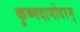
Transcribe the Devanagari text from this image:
कृष्णदामोदरम्